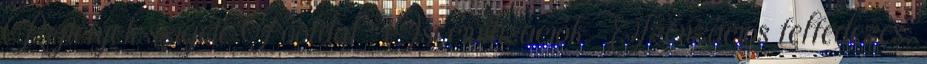
Rejtélyek szigete Főoldal Ősi civilizációk Szenzációs felfedezés,